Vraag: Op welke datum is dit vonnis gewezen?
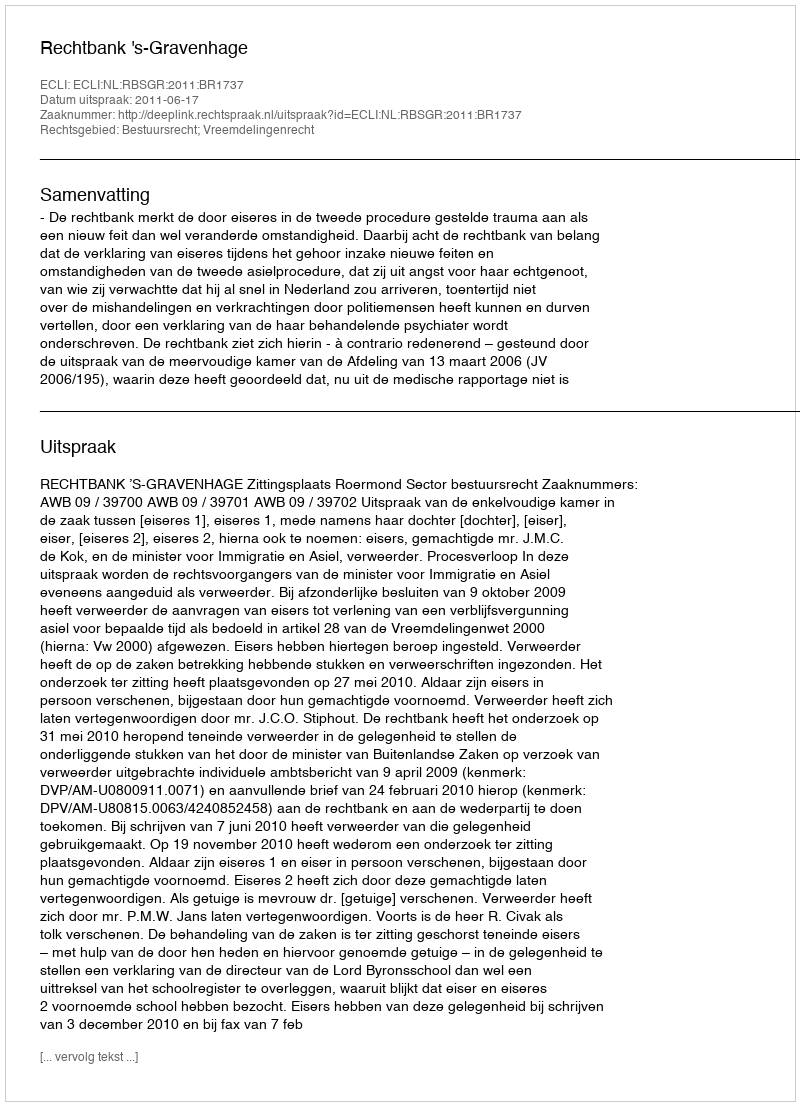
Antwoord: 2011-06-17